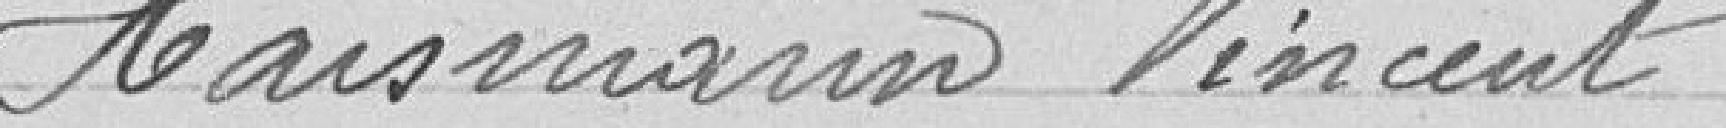
Haismann Vincent